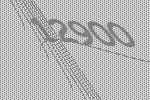
12900